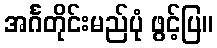
အင်္ဂတိုင်းမည်ပုံ ဖွင့်ပြ။